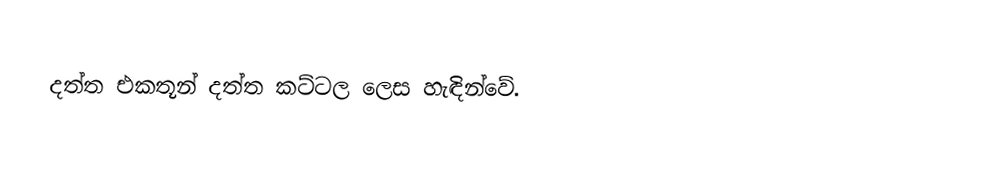
දත්ත එකතූන් දත්ත කට්ටල ලෙස හැඳින්වේ.